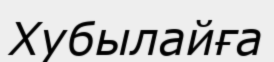
Хубылайға